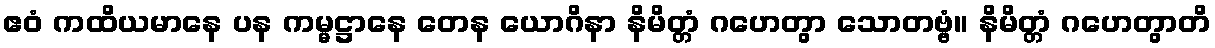
ဧဝံ ကထိယမာနေ ပန ကမ္မဋ္ဌာနေ တေန ယောဂိနာ နိမိတ္တံ ဂဟေတွာ သောတဗ္ဗံ။ နိမိတ္တံ ဂဟေတွာတိ